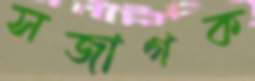
সজাগক